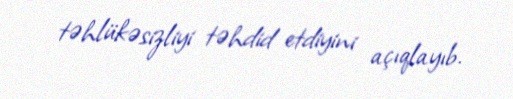
təhlükəsizliyi təhdid etdiyini açıqlayıb.